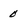
Character: 0